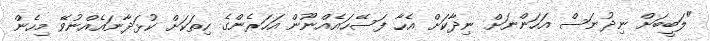
"ލަބީބަށް ނިދުނަސް އަހަންނަށް ނިދާކަށް އެހާ ފަސޭހައެއްނޫން އަހަރެންގެ ހިތަކަށް ކުޅަދާނައެއްނުވޭ މިހެން